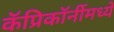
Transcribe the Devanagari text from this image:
कॅप्रिकॉर्नीमध्ये